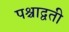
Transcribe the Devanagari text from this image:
पश्चाद्वती